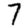
Digit: 7